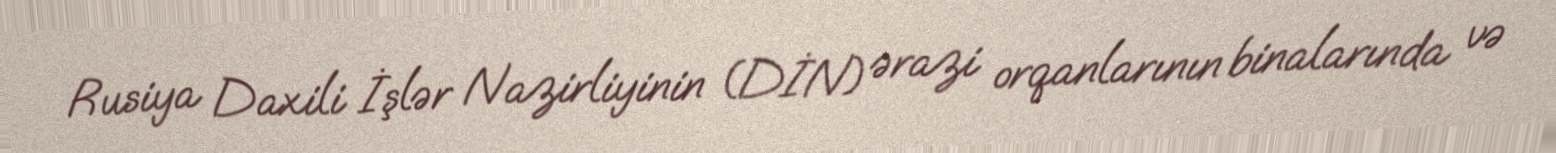
Rusiya Daxili İşlər Nazirliyinin (DİN) ərazi orqanlarının binalarında və